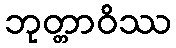
ဘုတ္တာဝိဿ